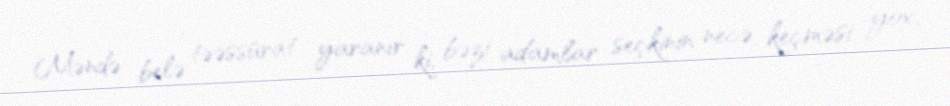
Məndə belə təəssürat yaranır ki, bəzi adamlar seçkinin necə keçməsi yox,